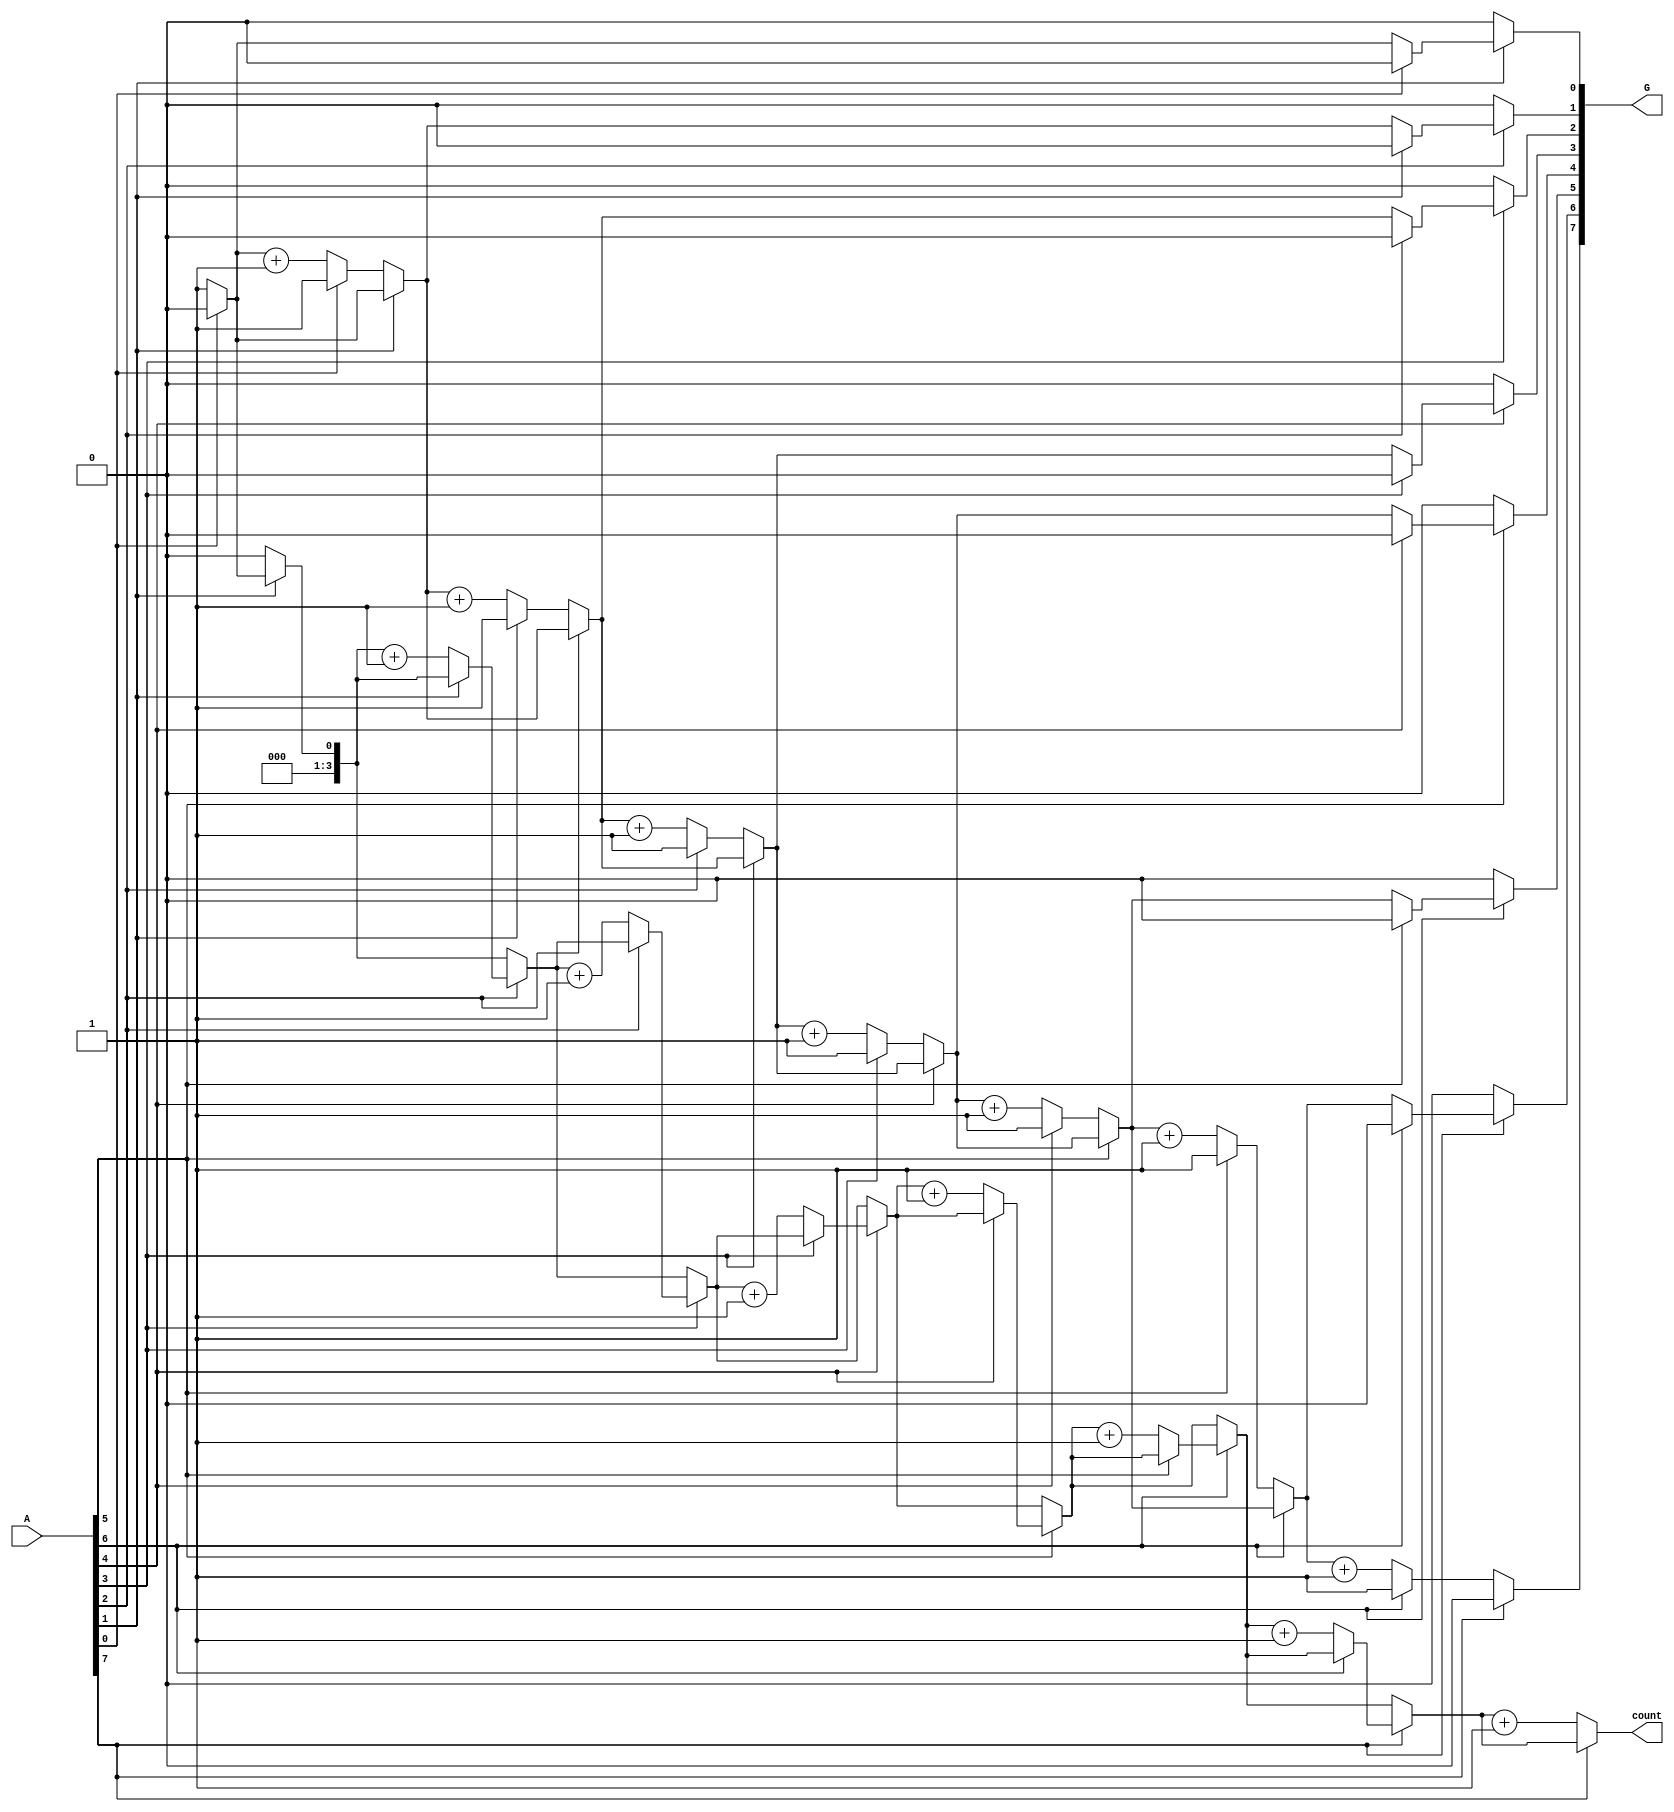
module grouping_of_zeros #(
    parameter N = 8 // Define the width of the input vector
)(
    input  wire [N-1:0] A, // Input vector
    output reg [N-1:0] G,   // Grouped output (binary representation of zero groups)
    output reg [3:0] count   // Count of contiguous zero groups
);

    integer i;
    reg in_zero_group;
    reg [N-1:0] temp_G; // Temporary storage for grouped output
    reg [3:0] group_length; // Length of the current zero group

    always @(*) begin
        // Initialize outputs
        G = 0;
        count = 0;
        in_zero_group = 0;
        temp_G = 0;
        group_length = 0;

        for (i = 0; i < N; i = i + 1) begin
            if (A[i] == 0) begin
                // We are in a zero group
                if (!in_zero_group) begin
                    // Start of a new zero group
                    in_zero_group = 1;
                    group_length = 1; // Reset group length
                    temp_G[i] = 1; // Mark the start of a zero group
                end else begin
                    // Continuing in the zero group
                    group_length = group_length + 1;
                end
            end else begin
                // We encountered a 1
                if (in_zero_group) begin
                    // End of a zero group
                    in_zero_group = 0;
                    count = count + 1; // Increment the count of zero groups
                    // Store the length of the zero group in G
                    G[i - 1] = group_length; // Store the length at the end of the group
                end
            end
        end

        // Check if we ended in a zero group
        if (in_zero_group) begin
            count = count + 1; // Increment for the last group
            G[N-1] = group_length; // Store the length of the last group
        end
    end

endmodule